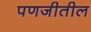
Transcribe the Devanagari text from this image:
पणजीतील